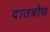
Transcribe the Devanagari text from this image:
दातबोध